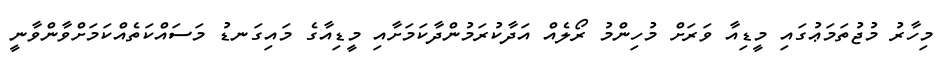
މިހާރު މުޖުތަމަޢުގައި މީޑިއާ ވަރަށް މުހިންމު ރޯލެއް އަދާކުރަމުންދާކަމަށާއި މީޑިއާގެ މައިގަނޑު މަސައްކަތެއްކަމަށްވާންވާނީ